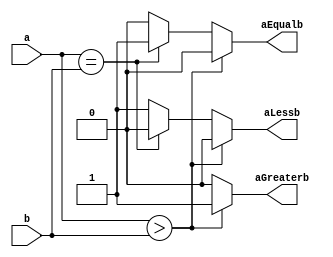
`timescale 1ns / 1ps
module Comparator(a, b, aLessb, aGreaterb, aEqualb);
	parameter width = 4;
	input [width-1:0]	a, b;
	output	aLessb, aGreaterb, aEqualb;
	
	reg	aLessb, aGreaterb, aEqualb;

	always @ (a or b)
	begin
		if (a > b) begin
			aLessb <= 1'b0;
			aEqualb <= 1'b0;
			aGreaterb <= 1'b1;
		end else if	(a == b) begin
			aLessb <= 1'b0;
			aEqualb <= 1'b1;
			aGreaterb <= 1'b0;
		end else begin
			aLessb <= 1'b1;
			aEqualb <= 1'b0;
			aGreaterb <= 1'b0;
		end
	end
endmodule